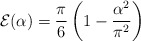
\begin{align*}{\cal E}(\alpha)= {\pi\over 6}\left(1-{\alpha^2\over\pi^2}\right)\end{align*}